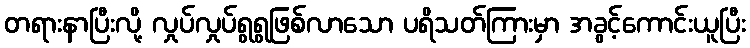
တရားနာပြီးလို့ လှုပ်လှုပ်ရွရွဖြစ်လာသော ပရိသတ်ကြားမှာ အခွင့်ကောင်းယူပြီး